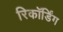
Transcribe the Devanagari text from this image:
रिकॉर्डिंग